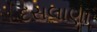
દસલાણા